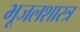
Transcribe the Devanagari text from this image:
भूजलशास्त्र